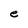
Character: e